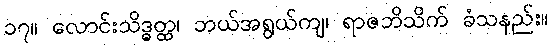
၁၇။ လောင်းသိဒ္ဓတ္ထ၊ ဘယ်အရွယ်ကျ၊ ရာဇဘိသိက် ခံသနည်း။